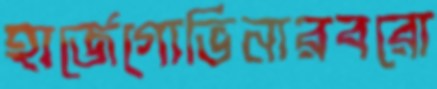
হার্জেগোভিনারবরো